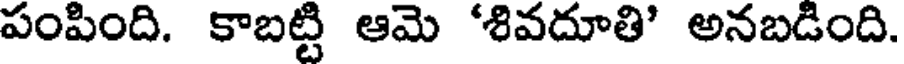
పంపింది. కాబట్టి ఆమె 'శివదూతి' అనబడింది.